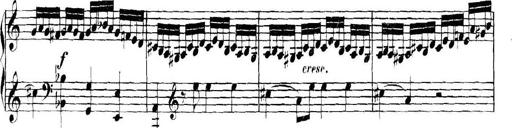
Title: Collected Piano Sonatas
Composer: Muzio Clementi